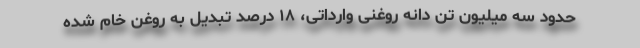
حدود سه میلیون تن دانه روغنی وارداتی، ۱۸ درصد تبدیل به روغن خام شده